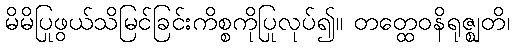
မိမိပြုဖွယ်သိမြင်ခြင်းကိစ္စကိုပြုလုပ်၍။ တတ္ထေဝနိရုဇ္ဈတိ၊